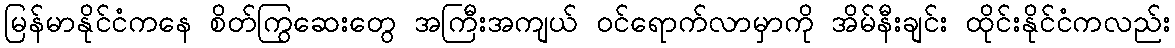
မြန်မာနိုင်ငံကနေ စိတ်ကြွဆေးတွေ အကြီးအကျယ် ဝင်ရောက်လာမှာကို အိမ်နီးချင်း ထိုင်းနိုင်ငံကလည်း